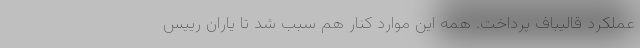
عملکرد قالیباف پرداخت. همه این موارد کنار هم سبب شد تا یاران رییس